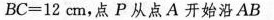
$$B C = 1 2 c m$$，点P从点A开始沿AB